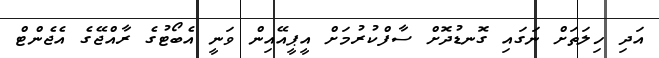
އަދި ހިލަތަށް ނަގައި ގޮނޑުދޮށް ސާފްކުރުމަށް އީޕީއޭއިން ވަނީ އެބޯޓުގެ ރާއްޖޭގެ އެޖެންޓް